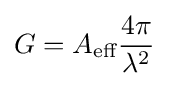
G=A_{\text{eff}}{\frac {4\pi }{\lambda ^{2}}}